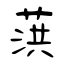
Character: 葓